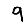
Digit: 9